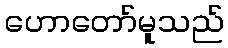
ဟောတော်မူသည်